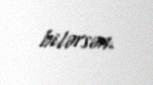
bilərsən.